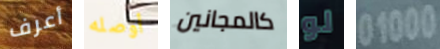
أعرف أوصله كالمجانين لو 01000